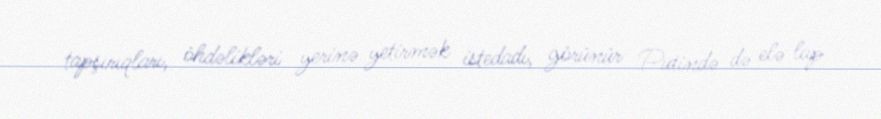
tapşırıqları, öhdəlikləri yerinə yetirmək istedadı, görünür Putində də elə lap